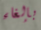
بإلغاء